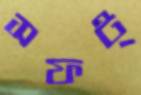
সফট্